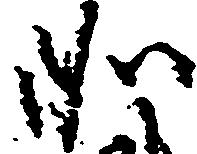
如